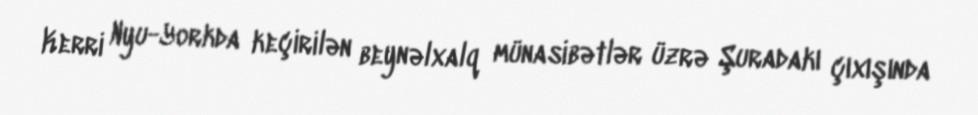
Kerri Nyu-Yorkda keçirilən beynəlxalq münasibətlər üzrə Şuradakı çıxışında